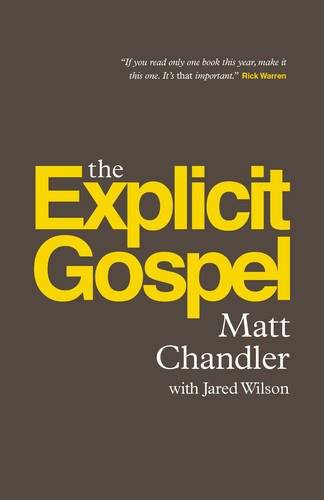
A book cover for The Explicit Gospel (Paperback Edition) (Re: Lit Books); Matt Chandler; Christian Books & Bibles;